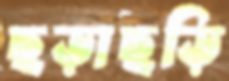
ছড়াছড়ি